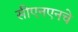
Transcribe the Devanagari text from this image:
सीएनएनचे